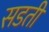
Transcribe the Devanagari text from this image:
सडती